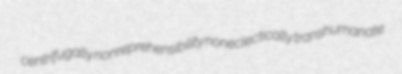
centrifugally nonreprehensibility noneclectically transhumanate